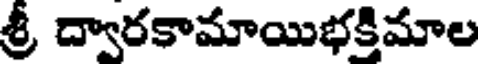
శ్రీ ద్వారకామాయిభక్తిమాల